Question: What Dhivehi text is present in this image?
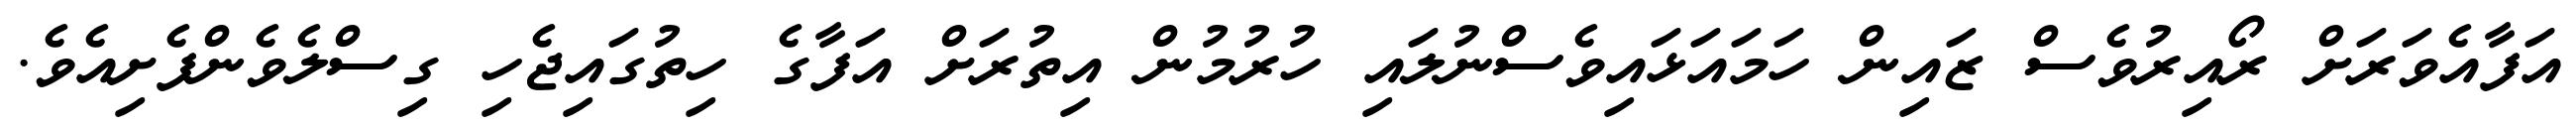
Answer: އަފާއެވަރަށް ރޯއިރުވެސް ޒައިން ހަމައަޅައިވެސްނުލައި ހުރުމުން އިތުރަށް އަފާގެ ހިތުގައިޖެހި ގިސްލެވެންފެށިއެވެ.